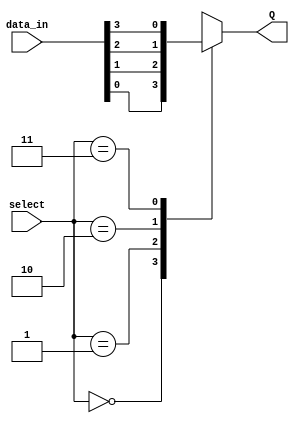
`timescale 1ns / 1ps
//////////////////////////////////////////////////////////////////////////////////
// Company: 
// Engineer: 
// 
// Design Name: 
// Module Name: Mux4
// Project Name: 
// Target Devices: 
// Tool Versions: 
// Description: 
// 
// Dependencies: 
// 
// Revision:
// Revision 0.01 - File Created
// Additional Comments:
// 
//////////////////////////////////////////////////////////////////////////////////


module Mux4(
    input [3:0]data_in,
    input [1:0]select,
    output reg Q
    );
    always @* begin
    case(select) 
        2'b00 : Q <= data_in[0];
        2'b01 : Q <= data_in[1];
        2'b10 : Q <= data_in[2];
        2'b11 : Q <= data_in[3];
    endcase
    end
endmodule